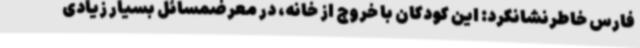
فارس خاطرنشانکرد: این کودکان با خروج از خانه، در معرضمسائل بسیار زیادی